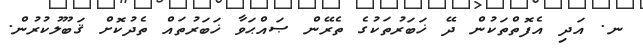
ނ. އަދި އެފޮތްތަކުން ދޭ ޚަބަރުތަކުގެ ތެރޭން ޞައްޙަވާ ޚަބަރުތައް ތެދުކޮށް ޤަބޫލުކުރުން.